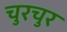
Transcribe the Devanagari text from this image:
चुरचुर